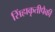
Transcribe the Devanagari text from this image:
सिंहाकृतीपैकी